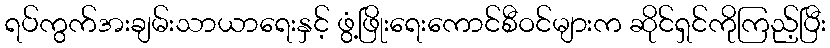
ရပ်ကွက်အးချမ်းသာယာရေးနှင့် ဖွံ့ဖြိုးရေးကောင်စီဝင်များက ဆိုင်ရှင်ကိုကြည့်ပြီး